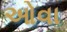
ઓવા